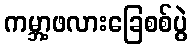
ကမ္ဘာ့ဖလားခြေစစ်ပွဲ